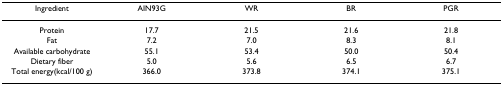
<table><thead><tr><td><b>Ingredient</b></td><td><b>AIN93G</b></td><td><b>WR</b></td><td><b>BR</b></td><td><b>PGR</b></td></tr></thead><tbody><tr><td>Protein</td><td>17.7</td><td>21.5</td><td>21.6</td><td>21.8</td></tr><tr><td>Fat</td><td>7.2</td><td>7.0</td><td>8.3</td><td>8.1</td></tr><tr><td>Available carbohydrate</td><td>55.1</td><td>53.4</td><td>50.0</td><td>50.4</td></tr><tr><td>Dietary fiber</td><td>5.0</td><td>5.6</td><td>6.5</td><td>6.7</td></tr><tr><td>Total energy(kcal/100 g)</td><td>366.0</td><td>373.8</td><td>374.1</td><td>375.1</td></tr></tbody></table>